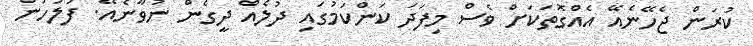
ކުރަން ޖެހޭނެއޭ އެއްގޮތަކަށް ވެސް މިފަދަ ކަންކަމުގައި ދުލެއް ދީގެން ނުވާނެއޭ. ފުލުހުން